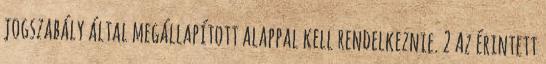
jogszabály által megállapított alappal kell rendelkeznie. 2 Az érintett